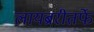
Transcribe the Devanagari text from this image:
लायब्ररीतर्फे